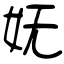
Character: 妩